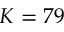
K = 7 9